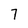
Character: 7